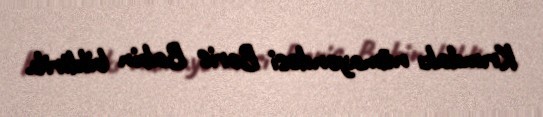
Krımdakı nümayəndəsi Boris Babin bildirib.